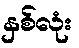
နှစ်လုံး